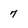
Character: 7